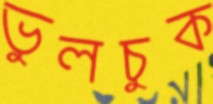
ভুলচুক